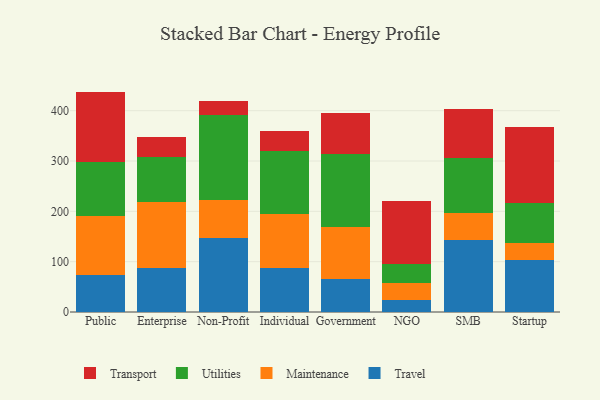
{"axis": {"x": "Segment", "y": "Population (Million)"}, "legend": ["Maintenance", "Transport", "Travel", "Utilities"], "data": [{"x": "Public", "y": 73.5, "type": "Travel"}, {"x": "Public", "y": 118.1, "type": "Maintenance"}, {"x": "Public", "y": 106.1, "type": "Utilities"}, {"x": "Public", "y": 140.2, "type": "Transport"}, {"x": "Enterprise", "y": 88.4, "type": "Travel"}, {"x": "Enterprise", "y": 129.7, "type": "Maintenance"}, {"x": "Enterprise", "y": 89.2, "type": "Utilities"}, {"x": "Enterprise", "y": 40.8, "type": "Transport"}, {"x": "Non-Profit", "y": 147.1, "type": "Travel"}, {"x": "Non-Profit", "y": 75.4, "type": "Maintenance"}, {"x": "Non-Profit", "y": 168.9, "type": "Utilities"}, {"x": "Non-Profit", "y": 27.6, "type": "Transport"}, {"x": "Individual", "y": 86.5, "type": "Travel"}, {"x": "Individual", "y": 107.7, "type": "Maintenance"}, {"x": "Individual", "y": 126.5, "type": "Utilities"}, {"x": "Individual", "y": 38.7, "type": "Transport"}, {"x": "Government", "y": 65.3, "type": "Travel"}, {"x": "Government", "y": 103.3, "type": "Maintenance"}, {"x": "Government", "y": 145.5, "type": "Utilities"}, {"x": "Government", "y": 80.3, "type": "Transport"}, {"x": "NGO", "y": 24.8, "type": "Travel"}, {"x": "NGO", "y": 31.9, "type": "Maintenance"}, {"x": "NGO", "y": 39.5, "type": "Utilities"}, {"x": "NGO", "y": 124.6, "type": "Transport"}, {"x": "SMB", "y": 142.5, "type": "Travel"}, {"x": "SMB", "y": 54.2, "type": "Maintenance"}, {"x": "SMB", "y": 109.6, "type": "Utilities"}, {"x": "SMB", "y": 97.5, "type": "Transport"}, {"x": "Startup", "y": 103.2, "type": "Travel"}, {"x": "Startup", "y": 33.3, "type": "Maintenance"}, {"x": "Startup", "y": 79.5, "type": "Utilities"}, {"x": "Startup", "y": 150.9, "type": "Transport"}]}